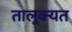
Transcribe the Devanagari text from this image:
तालुक्यत